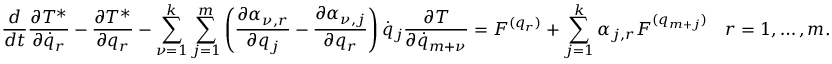
\frac { d } { d t } \frac { \partial T ^ { * } } { \partial { \dot { q } } _ { r } } - \frac { \partial T ^ { * } } { \partial q _ { r } } - \sum _ { \nu = 1 } ^ { k } \sum _ { j = 1 } ^ { m } \left( \frac { \partial \alpha _ { \nu , r } } { \partial q _ { j } } - \frac { \partial \alpha _ { \nu , j } } { \partial q _ { r } } \right) { \dot { q } } _ { j } \frac { \partial T } { \partial { \dot { q } } _ { m + \nu } } = { \cal F } ^ { ( q _ { r } ) } + \sum _ { j = 1 } ^ { k } \alpha _ { j , r } { \cal F } ^ { ( q _ { m + j } ) } \quad r = 1 , \dots , m .